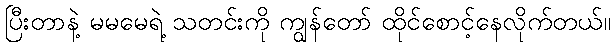
ပြီးတာနဲ့ မမမေရဲ့ သတင်းကို ကျွန်တော် ထိုင်စောင့်နေလိုက်တယ်။